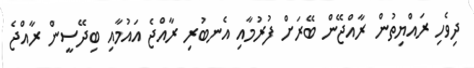
ދިވެހި ރައްޔިތުން ރާއްޖޭން ބޭރަށް ފުރުމާއި އެނބުރި ރާއްޖެ އައުމާއި ބިދޭސީން ރާއްޖެ